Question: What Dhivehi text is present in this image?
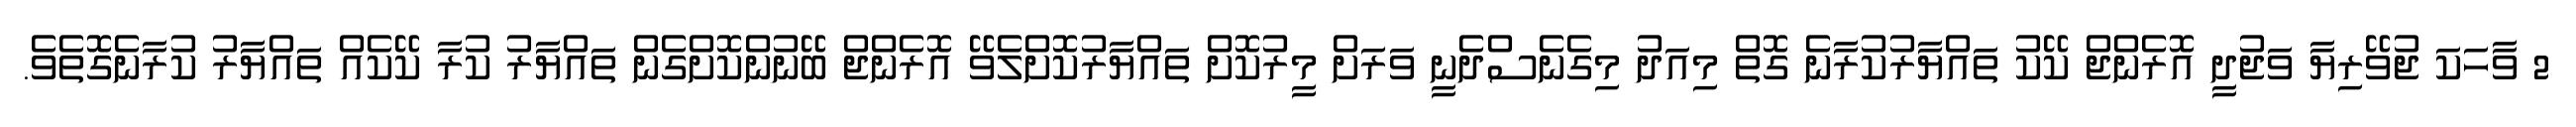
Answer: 2 ވާހަކަ ޖުވޭރިޔާ ވަޖުދީ އޮރެންޖް ކޭކު ތައްޔާރުކުރާނެ ގޮތް މިއަދު މިގެނެސްދެނީ ވަރަށް މީރުކޮށް ތައްޔާރުކޮށްލެވޭ އޮރެންޖް ބޭނުންކޮށްގެން ތައްޔާރު ކުރާ ކޭކެއް ތައްޔާރު ކުރާނެގޮތެވެ.